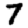
Digit: 7